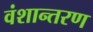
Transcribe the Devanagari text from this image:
वंशान्तरण